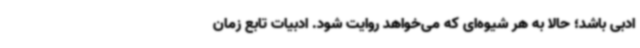
ادبی باشد؛ حالا به هر شیوه‌ای که می‌خواهد روایت شود. ادبیات تابع زمان